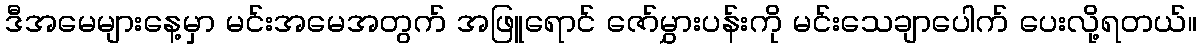
ဒီအမေများနေ့မှာ မင်းအမေအတွက် အဖြူရောင် ဇော်မွှားပန်းကို မင်းသေချာပေါက် ပေးလို့ရတယ်။